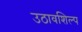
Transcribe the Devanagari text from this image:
उठावशिल्प